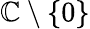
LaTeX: \mathbb{C}\setminus\{ 0\}